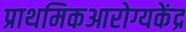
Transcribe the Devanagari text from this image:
प्राथमिकआरोग्यकेंद्र